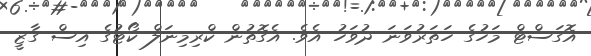
އޮގަސްޓް މަހުގެ ހަތަރުވަނަ ދުވަހު އެވެ. އެގޮތުން ކްރިމިނަލް ކޯޓުގެ އިސް ގާޒީ